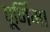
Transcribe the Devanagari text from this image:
पूर्निमा